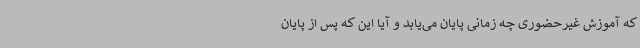
که آموزش غیرحضوری چه زمانی پایان می‌یابد و آیا این که پس از پایان